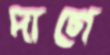
দাগে